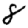
Digit: 8